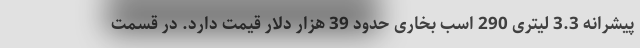
پیشرانه 3.3 لیتری 290 اسب ‌بخاری حدود 39 هزار دلار قیمت دارد. در قسمت